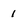
Character: 1